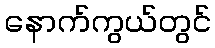
နောက်ကွယ်တွင်